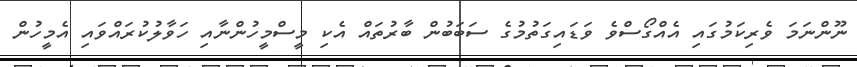
ނޫންނަމަ ވެރިކަމުގައި އެއްގޯސްވެ ވަޑައިގަތުމުގެ ސަބަބުން ބާރުތައް އެކި މީސްމީހުންނާއި ހަވާލުކުރައްވައި އެމީހުން